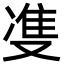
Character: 㕠